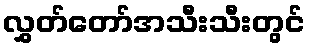
လွှတ်တော်အသီးသီးတွင်